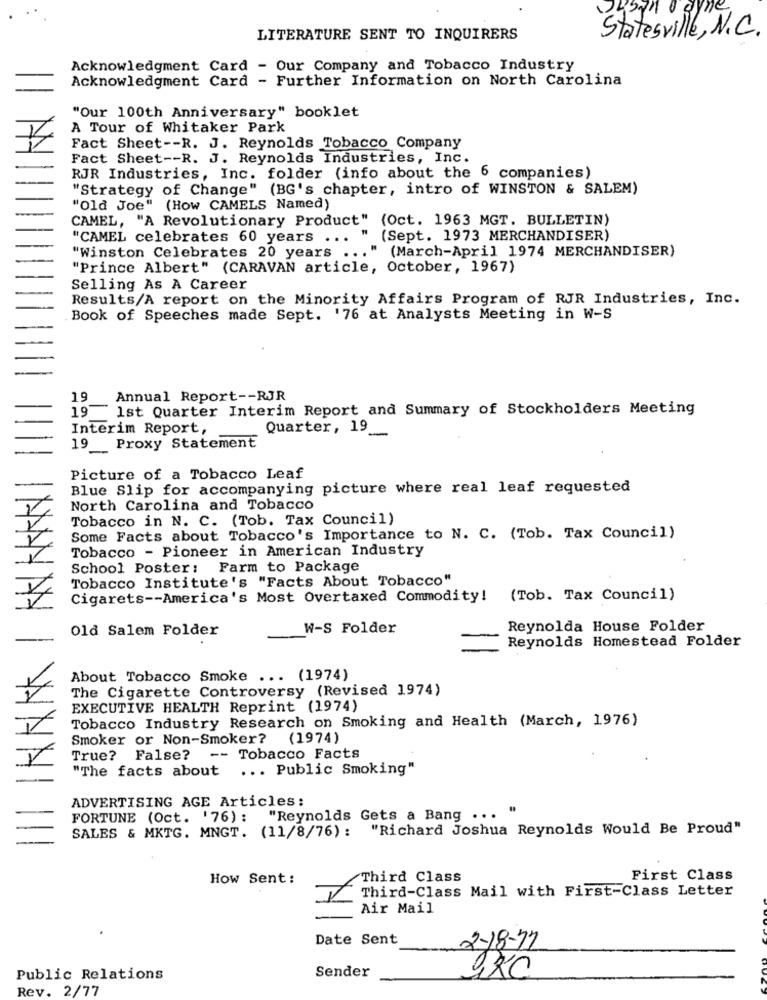
Statesville, N.C.
LITERATURE SENT TO INQUIRERS
Acknowledgment Card - Our Company and Tobacco Industry
Acknowledgment Card - Further Information on North Carolina
"Our 100th Anniversary" booklet
A Tour of Whitaker Park
Fact Sheet -- R. J. Reynolds Tobacco Company
Fact Sheet -- R. J. Reynolds Industries, Inc.
RJR Industries, Inc. folder (info about the 6 companies)
"Strategy of Change" (BG's chapter, intro of WINSTON & SALEM)
"Old Joe" (How CAMELS Named)
CAMEL, "A Revolutionary Product" (Oct. 1963 MGT. BULLETIN)
"CAMEL celebrates 60 years
...
(Sept. 1973 MERCHANDISER)
(March-April 1974 MERCHANDISER)
"Winston Celebrates 20 years
...
"Prince Albert" (CARAVAN article, October, 1967)
Selling As A Career
Results/A report on the Minority Affairs Program of RJR Industries, Inc.
Book of Speeches made Sept. '76 at Analysts Meeting in W-S
19
Annual Report -- RJR
19 1st Quarter Interim Report and Summary of Stockholders Meeting
Interim Report,
Quarter, 19_
19 Proxy Statement
Picture of a Tobacco Leaf
Blue Slip for accompanying picture where real leaf requested
North Carolina and Tobacco
Tobacco in N. C. (Tob. Tax Council)
Some Facts about Tobacco's Importance to N. C. (Tob. Tax Council)
Tobacco - Pioneer in American Industry
School Poster: Farm to Package
Tobacco Institute's "Facts About Tobacco"
Cigarets -- America's Most Overtaxed Commodity! (Tob. Tax Council)
Old Salem Folder
W-S Folder
Reynolda House Folder
Reynolds Homestead Folder
About Tobacco Smoke ... (1974)
The Cigarette Controversy (Revised 1974)
EXECUTIVE HEALTH Reprint (1974)
Tobacco Industry Research on Smoking and Health (March, 1976)
Smoker or Non-Smoker?
(1974)
True?
False?
-- Tobacco Facts
"The facts about ... Public Smoking"
ADVERTISING AGE Articles:
FORTUNE (Oct. '76):
"Reynolds Gets a Bang ...
SALES & MKTG. MNGT. (11/8/76): "Richard Joshua Reynolds Would Be Proud"
How Sent:
Third Class
First Class
Third-Class Mail with First-Class Letter
Air Mail
Date Sent
2-18-77
Public Relations
Sender
Rev. 2/77